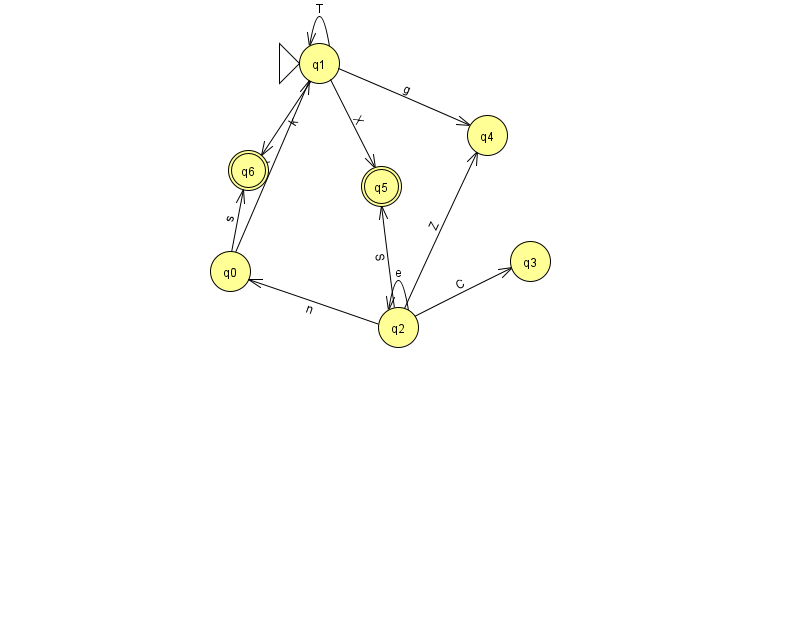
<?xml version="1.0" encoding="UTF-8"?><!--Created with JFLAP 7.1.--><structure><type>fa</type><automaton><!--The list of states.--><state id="0" name="q0"><x>230.0</x><y>258.0</y></state><state id="1" name="q1"><x>319.0</x><y>50.0</y><initial/></state><state id="2" name="q2"><x>398.0</x><y>314.0</y></state><state id="3" name="q3"><x>530.0</x><y>248.0</y></state><state id="4" name="q4"><x>487.0</x><y>122.0</y></state><state id="5" name="q5"><x>381.0</x><y>173.0</y><final/></state><state id="6" name="q6"><x>248.0</x><y>157.0</y><final/></state><!--The list of transitions.--><transition><from>0</from><to>1</to><read>R</read></transition><transition><from>2</from><to>5</to><read>S</read></transition><transition><from>0</from><to>6</to><read>s</read></transition><transition><from>1</from><to>1</to><read>T</read></transition><transition><from>2</from><to>3</to><read>C</read></transition><transition><from>2</from><to>4</to><read>Z</read></transition><transition><from>2</from><to>2</to><read>e</read></transition><transition><from>1</from><to>5</to><read>X</read></transition><transition><from>1</from><to>4</to><read>g</read></transition><transition><from>1</from><to>6</to><read>k</read></transition><transition><from>2</from><to>0</to><read>n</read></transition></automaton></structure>